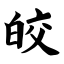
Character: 皎